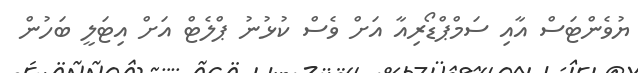
ޔުވެންޓަސް އާއި ސަމްޕްޑޯރިއާ އަށް ވެސް ކުޅުނު ޕްލެޓް އަށް އިޓަލީ ބަހުން